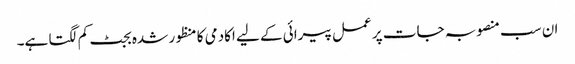
ان سب منصوبہ جات پر عمل پیرائی کے لیے اکادمی کا منظور شدہ بجٹ کم لگتا ہے۔